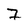
Character: 7